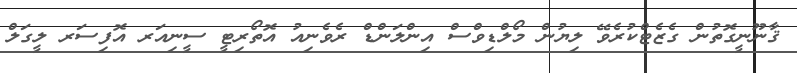
ޤާނޫނީގޮތުން ގެޒެޓްކުރެވޭ ލިޔުން މޯލްޑިވްސް އިންލަންޑް ރެވެނިއު އޮތޯރިޓީ ސީނިއަރ އޮފިސަރ ލީގަލް